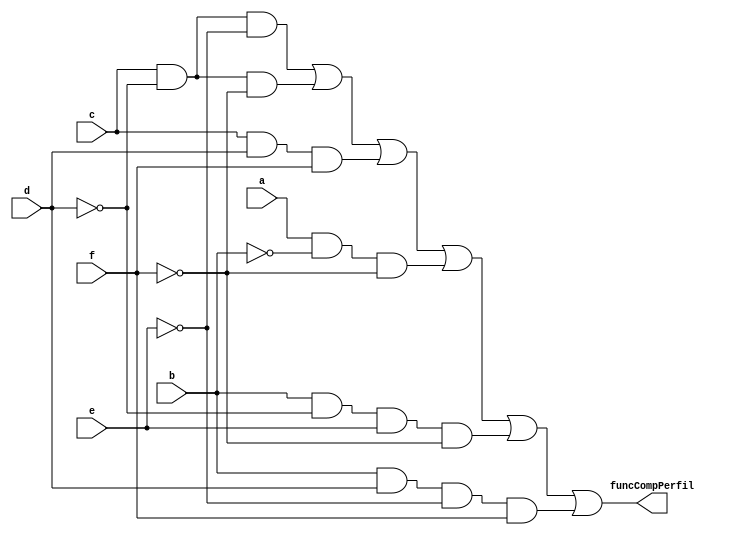
module funcao_comparacao_perfil(
	input a,b,c,d,e,f,
	output wire funcCompPerfil
);
wire [5:0] data;
not not0(a1,a);
not not1(d1,d);
not not2(f1,f);
not not3(b1,b);
not not4(e1,e);
not not5(c1,c);
and and0(data[0],c,d1,e1);
and and1(data[1],c,d1,f1);
and and2(data[2],c,d,f);
and and3(data[3],a,b1,f1);
and and4(data[4],b,d1,e,f1);
and and5(data[5],b,d,e1,f);
or or0(funcCompPerfil,data[0],data[1],data[2],data[3],data[4],data[5]);
endmodule 
//verifica se o perfil est tentando acessar uma funo permitida na interface 1